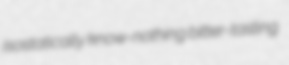
isostatically know-nothing bitter-tasting